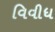
વિવીધ